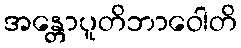
အန္တောပူတိဘာဝေါတိ